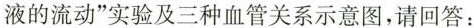
液的流动”实验及三种血管关系示意图，请回答：